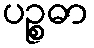
ပဉ္စဓာ